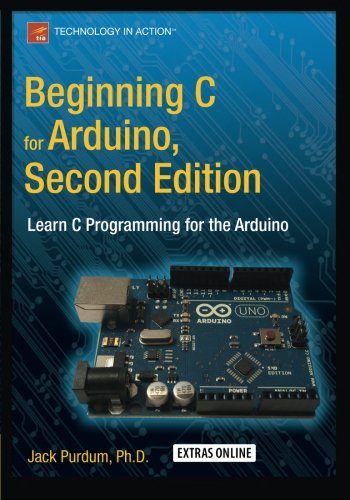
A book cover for Beginning C for Arduino, Second Edition: Learn C Programming for the Arduino; Jack Purdum; Computers & Technology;